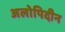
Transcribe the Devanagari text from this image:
अलोपिदीन